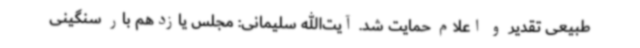
طبیعی تقدیر و اعلام حمایت شد. آیت‌الله سلیمانی: مجلس یازدهم بار سنگینی